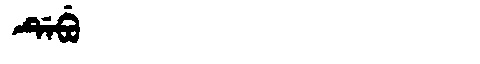
Manchu: ᡩᡝᠪᡠ
Romanization: DEBU